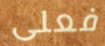
فعلى